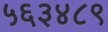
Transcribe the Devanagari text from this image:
५६३४८९